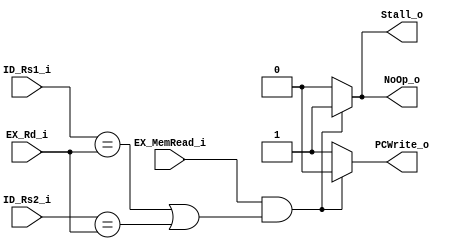
module Hazard_Detection(ID_Rs1_i, ID_Rs2_i, EX_MemRead_i, EX_Rd_i, NoOp_o, PCWrite_o, Stall_o);

    input [4:0] ID_Rs1_i, ID_Rs2_i, EX_Rd_i;
    input EX_MemRead_i;

    output reg NoOp_o, PCWrite_o, Stall_o;

    always @*
    // Hazard detected
    if (EX_MemRead_i && (ID_Rs1_i == EX_Rd_i || ID_Rs2_i == EX_Rd_i))
    begin
        NoOp_o <= 1;
        PCWrite_o <= 0;
        Stall_o <= 1;
    // nothing
    end
    else
    begin
        NoOp_o <= 0;
        PCWrite_o <= 1;
        Stall_o <= 0;
    end

endmodule